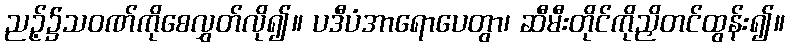
ညဉ့်၌သဝဏ်ကိုစေလွှတ်လို၍။ ပဒီပံအာရောပေတွာ၊ ဆီမီးတိုင်ကိုညှိတင်ထွန်း၍။